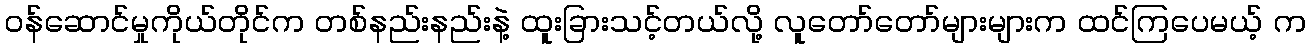
ဝန်ဆောင်မှုကိုယ်တိုင်က တစ်နည်းနည်းနဲ့ ထူးခြားသင့်တယ်လို့ လူတော်တော်များများက ထင်ကြပေမယ့် က